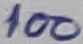
Text: 100